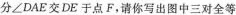
分\angle DAE交DE于点F，请你写出图中三对全等